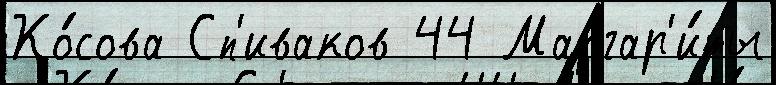
Ко́сова Сп'иваков 44 Маргар'и́ты